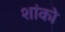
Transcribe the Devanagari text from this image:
शांको